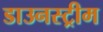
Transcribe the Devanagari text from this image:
डाउनस्‍ट्रीम